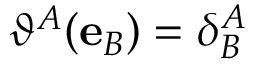
\vartheta ^ { A } ( \mathbf { e } _ { B } ) = \delta _ { B } ^ { A }